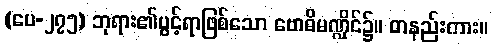
(ပေ-၂၇၅) ဘုရား၏ပွင့်ရာဖြစ်သော ဗောဓိမဏ္ဍိုင်၌။ တနည်းကား။